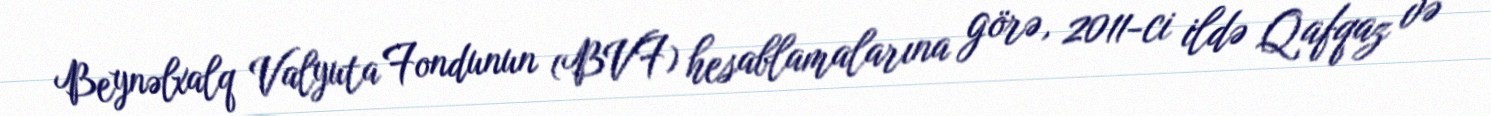
Beynəlxalq Valyuta Fondunun (BVF) hesablamalarına görə, 2011-ci ildə Qafqaz və